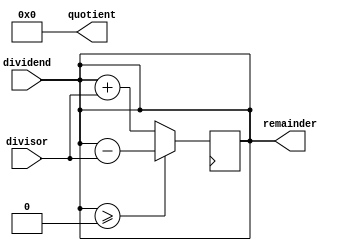
module restoring_divider (
    input signed [31:0] dividend,
    input signed [31:0] divisor,
    output reg signed [31:0] quotient,
    output reg signed [31:0] remainder
);

reg signed [31:0] accumulator;
reg [31:0] count;
reg sign;

always @ (*) begin
    sign = (dividend[31] == divisor[31]) ? 1'b0 : 1'b1;
    accumulator = dividend;
    count = 32'd0;
end

always @ (posedge clk) begin
    if (accumulator >= 0) begin
        accumulator = accumulator - divisor;
        count = count + 1;
    end else begin
        accumulator = accumulator + divisor;
        count = count + 1;
    end
end

assign quotient = (sign == 1'b1) ? -count : count;
assign remainder = accumulator;

endmodule